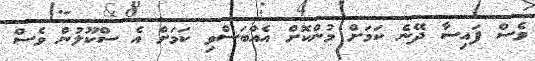
ވެސް ފައިސާ ދޭނެ ކަމަށް މުންކޮށް އެއްބަސްވި ކަމަށް އެ ސްކޫލުން ވެސް